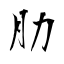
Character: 肋